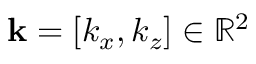
\mathbf { k } = [ k _ { x } , k _ { z } ] \in \mathbb { R } ^ { 2 }